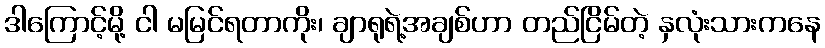
ဒါကြောင့်မို့ ငါ မမြင်ရတာကိုး၊ ချာရုရဲ့အချစ်ဟာ တည်ငြိမ်တဲ့ နှလုံးသားကနေ